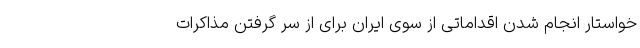
خواستار انجام شدن اقداماتی از سوی ایران برای از سر گرفتن مذاکرات